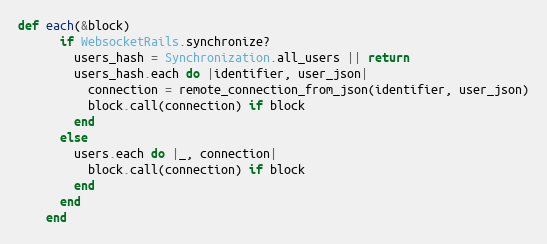
Language: Ruby
def each(&block)
      if WebsocketRails.synchronize?
        users_hash = Synchronization.all_users || return
        users_hash.each do |identifier, user_json|
          connection = remote_connection_from_json(identifier, user_json)
          block.call(connection) if block
        end
      else
        users.each do |_, connection|
          block.call(connection) if block
        end
      end
    end